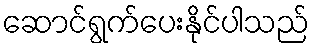
ဆောင်ရွက်ပေးနိုင်ပါသည်